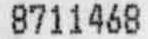
8711468